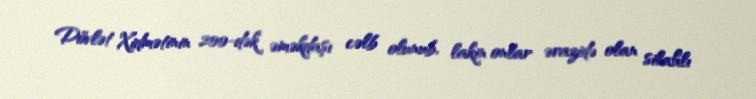
Dövlət Xidmətinin 200-dək əməkdaşı cəlb olunub, lakin onlar ərazidə olan silahlı